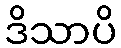
ဒိသာပိ